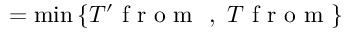
= \operatorname* { m i n } { \{ T ^ { \prime } \mathrm { ~ f ~ r ~ o ~ m ~ } \ , \ T \mathrm { ~ f ~ r ~ o ~ m ~ } \} }